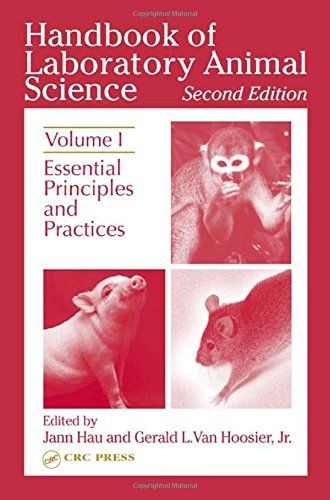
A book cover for Handbook of Laboratory Animal Science, Second Edition: Essential Principles and Practices, Volume I; Medical Books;